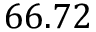
6 6 . 7 2